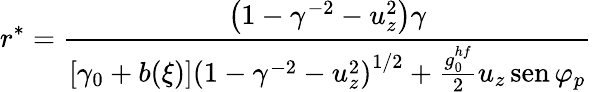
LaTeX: r^{*}=\frac{\left(1-\gamma^{-2}-u_{z}^{2}\right)\gamma}{\left[\gamma_{0}+b(\xi)\right]\left(1-\gamma^{-2}-u_{z}^{2}\right)^{1/2}+\frac{g_{0}^{hf}}{2}u_{z}\operatorname{sen}\varphi_{p}}